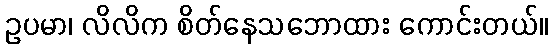
ဥပမာ၊ လိလိက စိတ်နေသဘောထား ကောင်းတယ်။